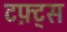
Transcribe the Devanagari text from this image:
टफ़्ट्स